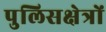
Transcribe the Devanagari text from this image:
पुलिसक्षेत्रों